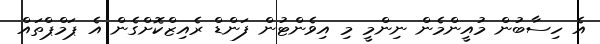
އެ ހިސާބުން މުއީންމެން ނިންމީ މި އިވެންޓުން ފަންޑް ރެއިޒްކޮށްގެން އެ ޕަމްޕްތައް